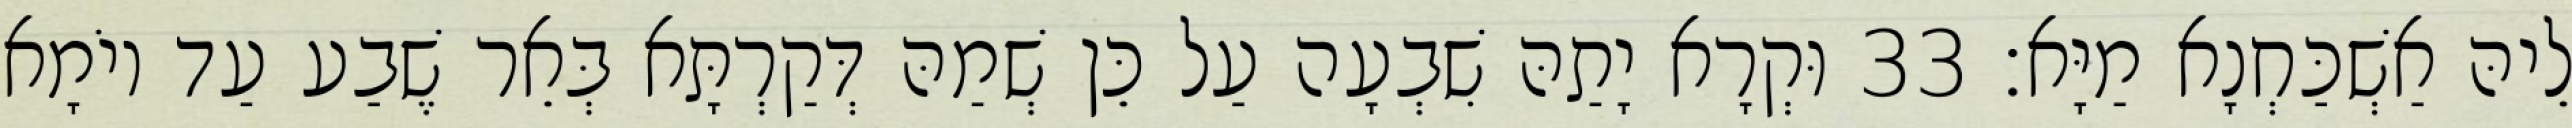
לֵיהּ אַשְׁכַּחְנָא מַיָּא׃ 33 וּקְרָא יָתַהּ שִׁבְעָה עַל כֵּן שְׁמַהּ דְּקַרְתָּא בְּאֵר שֶׁבַע עַד יוֹמָא